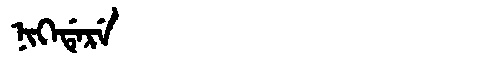
Manchu: ᠨᡳᡴᡝᡩᡝᡵᡝ
Romanization: NIKEDERE